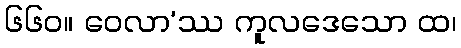
၆၆၀။ ဝေလာ’ဿ ကူလဒေသော ထ၊